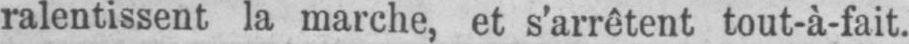
ralentissent la marche, et s’arrêtent tout-à-fait.